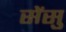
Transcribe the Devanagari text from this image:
सेंसु